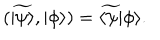
LaTeX: ( \widetilde { | \psi \rangle } , | \phi \rangle ) = \widetilde { \langle \psi | } \phi \rangle .